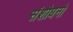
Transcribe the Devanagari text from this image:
संशोधनो